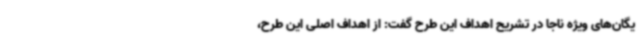
یگان‌های ویژه ناجا در تشریح اهداف این طرح گفت: از اهداف اصلی این طرح،